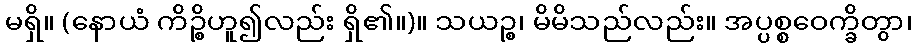
မရှိ။ (နောယံ ကိဉ္စိဟူ၍လည်း ရှိ၏။)။ သယဉ္စ၊ မိမိသည်လည်း။ အပ္ပစ္စဝေက္ခိတွာ၊